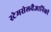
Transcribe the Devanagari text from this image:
स्टेमसेलवैज्ञानिकों